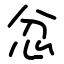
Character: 忿